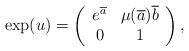
LaTeX: \begin{align*}\mbox{exp}(u)=\left(\begin{array}{cc}e^{\overline{a}} & \mu(\overline{a})\overline{b}\\0 & 1\end{array}\right),\end{align*}